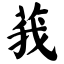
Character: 莪